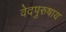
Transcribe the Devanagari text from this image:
वेदपुरुषाय